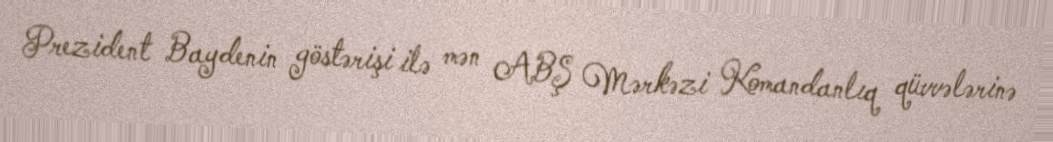
Prezident Baydenin göstərişi ilə mən ABŞ Mərkəzi Komandanlıq qüvvələrinə